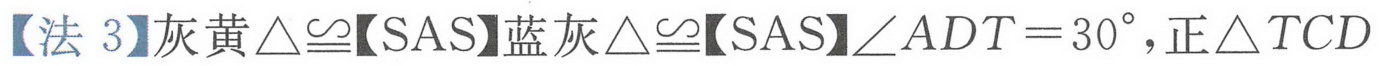
【法3】灰黄\(\triangle\cong\)【SAS】蓝灰\(\triangle\cong\)【SAS】\(\angle ADT = 30^{\circ}\), 正\(\triangle TCD\)